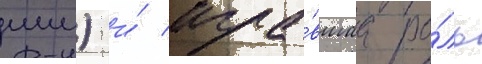
мм) и́ игра́вшаа ро́ль